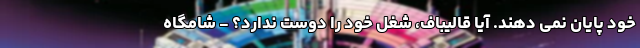
خود پایان نمی دهند. آیا قالیباف، شغل خود را دوست ندارد؟ - شامگاه